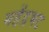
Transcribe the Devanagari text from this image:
महेंद्रभट